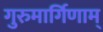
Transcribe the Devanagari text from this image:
गुरुमार्गिणाम्